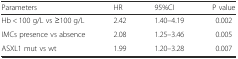
<table><thead><tr><td><b>Parameters</b></td><td><b>HR</b></td><td><b>95%CI</b></td><td><b>P value</b></td></tr></thead><tbody><tr><td>Hb &lt; 100 g/L vs ≥100 g/L</td><td>2.42</td><td>1.40–4.19</td><td>0.002</td></tr><tr><td>IMCs presence vs absence</td><td>2.08</td><td>1.25–3.46</td><td>0.005</td></tr><tr><td>ASXL1 mut vs wt</td><td>1.99</td><td>1.20–3.28</td><td>0.007</td></tr></tbody></table>